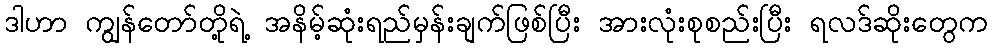
ဒါဟာ ကျွန်တော်တို့ရဲ့ အနိမ့်ဆုံးရည်မှန်းချက်ဖြစ်ပြီး အားလုံးစုစည်းပြီး ရလဒ်ဆိုးတွေက